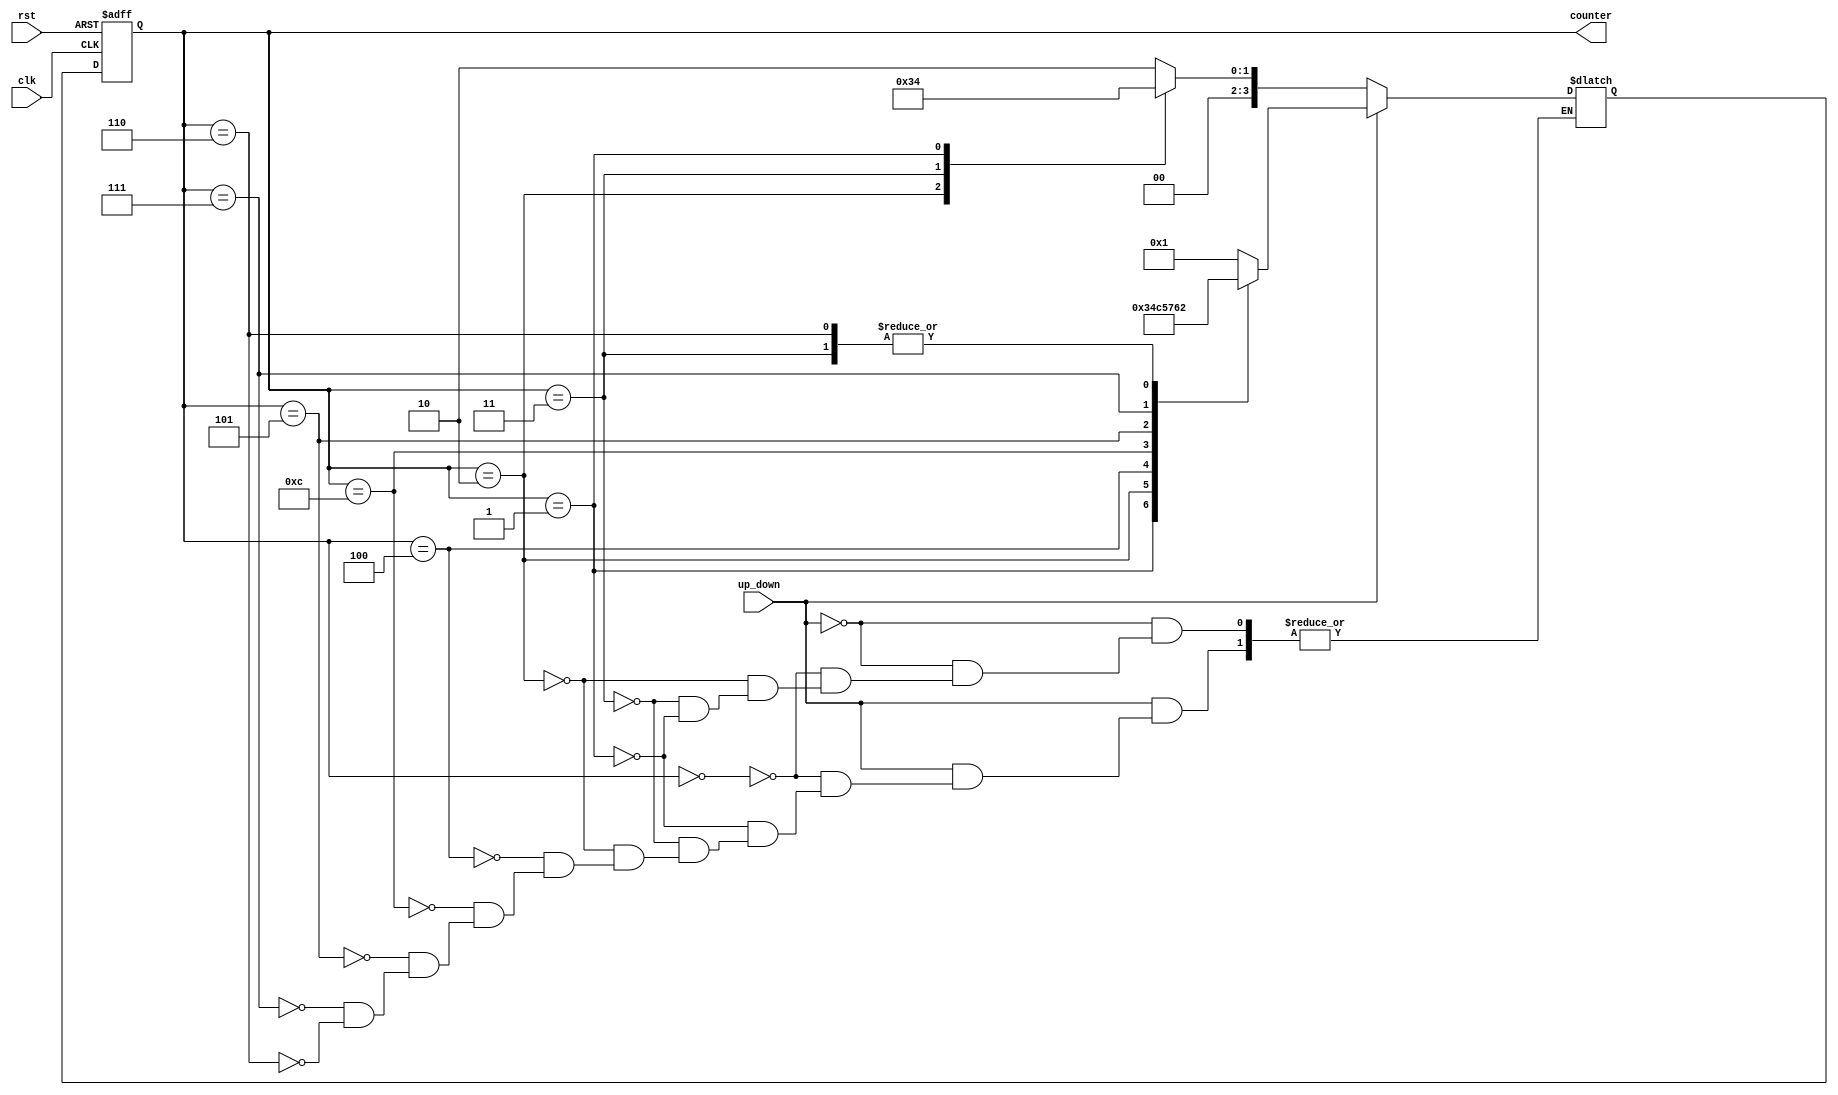
module GrayCounter(
    input wire clk,
    input wire rst,
    input wire up_down,
    output reg [3:0] counter
);

reg [3:0] next_state;

always @(posedge clk or posedge rst) begin
    if (rst) begin
        counter <= 4'b0000;
    end
    else begin
        counter <= next_state;
    end
end

always @(*) begin
    if (up_down) begin
        case (counter)
            4'b0000: next_state = 4'b0001;
            4'b0001: next_state = 4'b0011;
            4'b0011: next_state = 4'b0010;
            4'b0010: next_state = 4'b0100;
            4'b0100: next_state = 4'b1100;
            4'b1100: next_state = 4'b0101;
            4'b0101: next_state = 4'b0111;
            4'b0111: next_state = 4'b0110;
            4'b0110: next_state = 4'b0010;
            4'b0010: next_state = 4'b0000;
        endcase
    end
    else begin
        case (counter)
            4'b0000: next_state = 4'b0010;
            4'b0010: next_state = 4'b0011;
            4'b0011: next_state = 4'b0001;
            4'b0001: next_state = 4'b0000;
        endcase
    end
end

endmodule